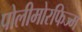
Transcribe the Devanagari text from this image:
पोलीमोरफिज्म